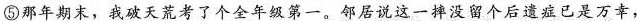
⑤那年期末，我破天荒考了个全年级第一。邻居说这一摔没留个后遗症已是万幸，